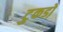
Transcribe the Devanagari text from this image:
टुकडो़